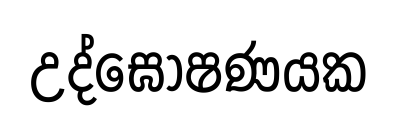
උද්ඝෝෂණයක